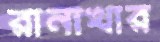
রানীখার